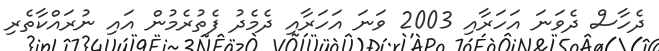
ދެހާސް ދެވަނަ އަހަރާއި 2003 ވަނަ އަހަރާއި ދެމެދު ފެތުރެމުން އައި ނުރައްކާތެރި